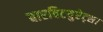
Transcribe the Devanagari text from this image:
बारबिटयुरेट्स।